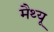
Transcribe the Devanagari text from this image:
मैथ्‍यू